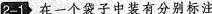
2-1 在一个袋子中装有分别标注